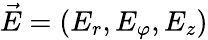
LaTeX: \vec{E}=(E_{r},E_{\varphi},E_{z})